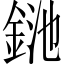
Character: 𨦥